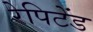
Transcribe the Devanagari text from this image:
रेपिटेंड